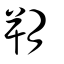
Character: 朔